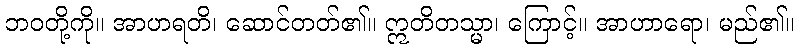
ဘဝတို့ကို။ အာဟရတိ၊ ဆောင်တတ်၏။ ဣတိတသ္မာ၊ ကြောင့်။ အာဟာရော၊ မည်၏။